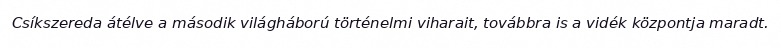
Csíkszereda átélve a második világháború történelmi viharait, továbbra is a vidék központja maradt.